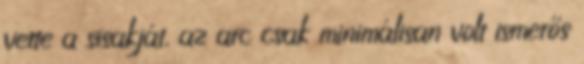
vette a sisakját, az arc csak minimálisan volt ismerős